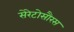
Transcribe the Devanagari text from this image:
सेरेटोसौरस